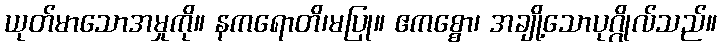
ယုတ်မာသောအမှုကို။ နကရောတိ၊မပြု။ ဧကစ္စော၊ အချို့သောပုဂ္ဂိုလ်သည်။